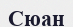
Сюан